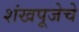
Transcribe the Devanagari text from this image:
शंखपूजेचे